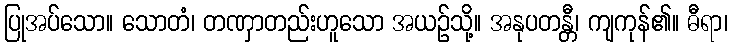
ပြုအပ်သော။ သောတံ၊ တဏှာတည်းဟူသော အယဉ်သို့။ အနုပတန္တီ၊ ကျကုန်၏။ ဓီရာ၊